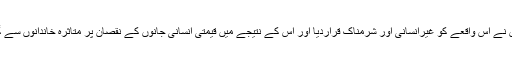
اتوار کو یہاں جاری بیان میں انہوں نے اس واقعے کو غیرانسانی اور شرمناک قراردیا اور اس کے نتیجے میں قیمتی انسانی جانوں کے نقصان پر متاثرہ خاندانوں سے گہرے دکھ اورافسوس کا اظہارکیا۔